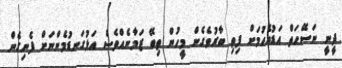
ދީނީ ނަސޭހަތް އަޑުއެހުމަށް ފިތި ބާރުވެގެން މީހުން ތިބޭ ޒަމާނެއްވެސް އަޅުގަނޑުމެންނަށް ފެނިގެން